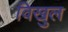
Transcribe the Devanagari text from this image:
विखुल